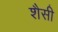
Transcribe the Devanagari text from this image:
शैसी